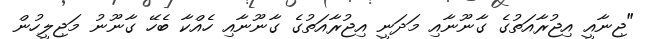
"ޖިނާއީ އިޖުރާއަތުގެ ގާނޫނާއި މަދަނީ އިޖުރާއަތުގެ ގާނޫނާއި ހެއްކާ ބެހޭ ގާނޫނު މަޖިލީހުން